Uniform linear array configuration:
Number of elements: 64
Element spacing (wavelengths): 0.5
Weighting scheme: kaiser
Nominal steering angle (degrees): -15
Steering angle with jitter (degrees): -13.527
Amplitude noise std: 0.05
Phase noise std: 0.05

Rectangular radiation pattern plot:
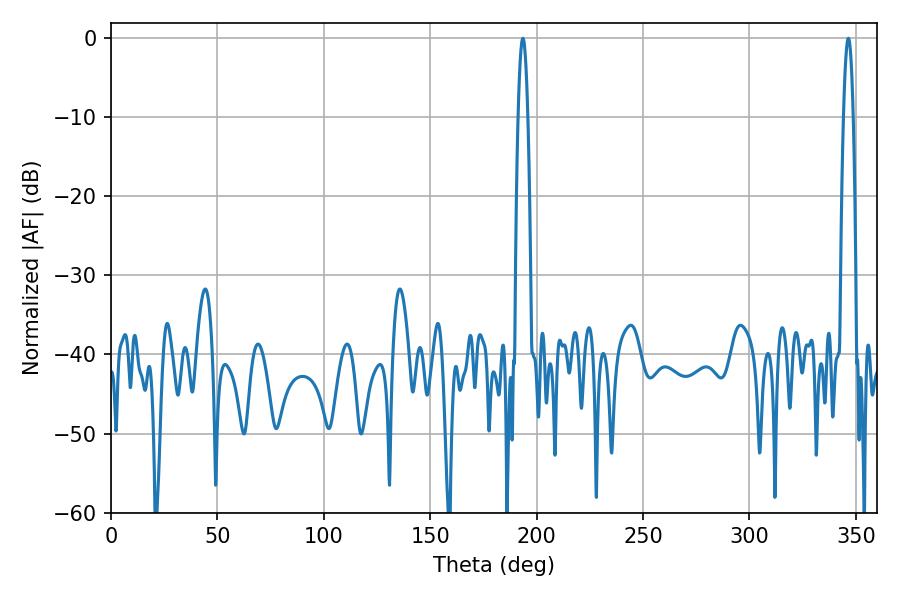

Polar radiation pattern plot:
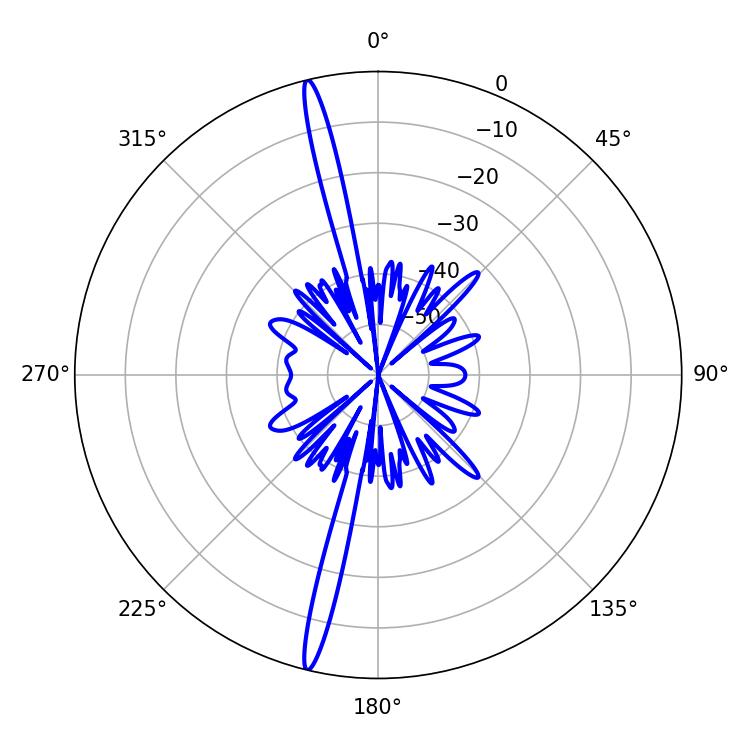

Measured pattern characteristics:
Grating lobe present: FALSE
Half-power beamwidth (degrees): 2.52
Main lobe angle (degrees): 193.5